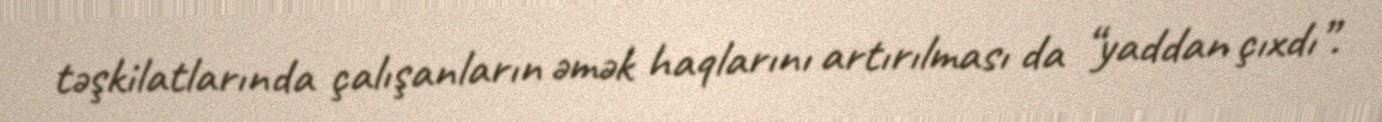
təşkilatlarında çalışanların əmək haqlarını artırılması da “yaddan çıxdı”.